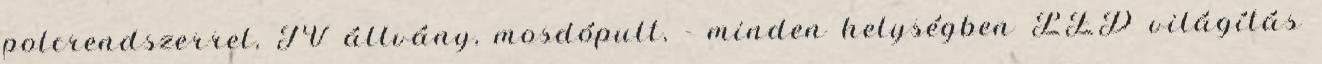
polcrendszerrel, TV állvány, mosdópult, - minden helységben LED világítás